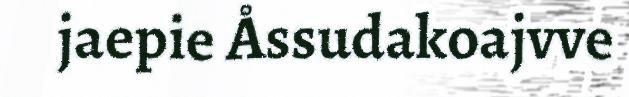
jaepie Åssudakoajvve